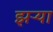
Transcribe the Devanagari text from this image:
झऱ्या